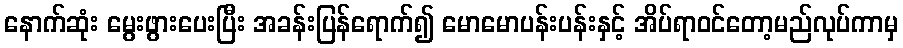
နောက်ဆုံး မွေးဖွားပေးပြီး အခန်းပြန်ရောက်၍ မောမောပန်းပန်းနှင့် အိပ်ရာဝင်တော့မည်လုပ်ကာမှ